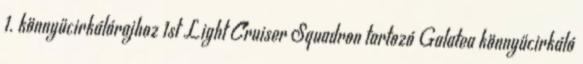
1. könnyűcirkálórajhoz 1st Light Cruiser Squadron tartozó Galatea könnyűcirkáló